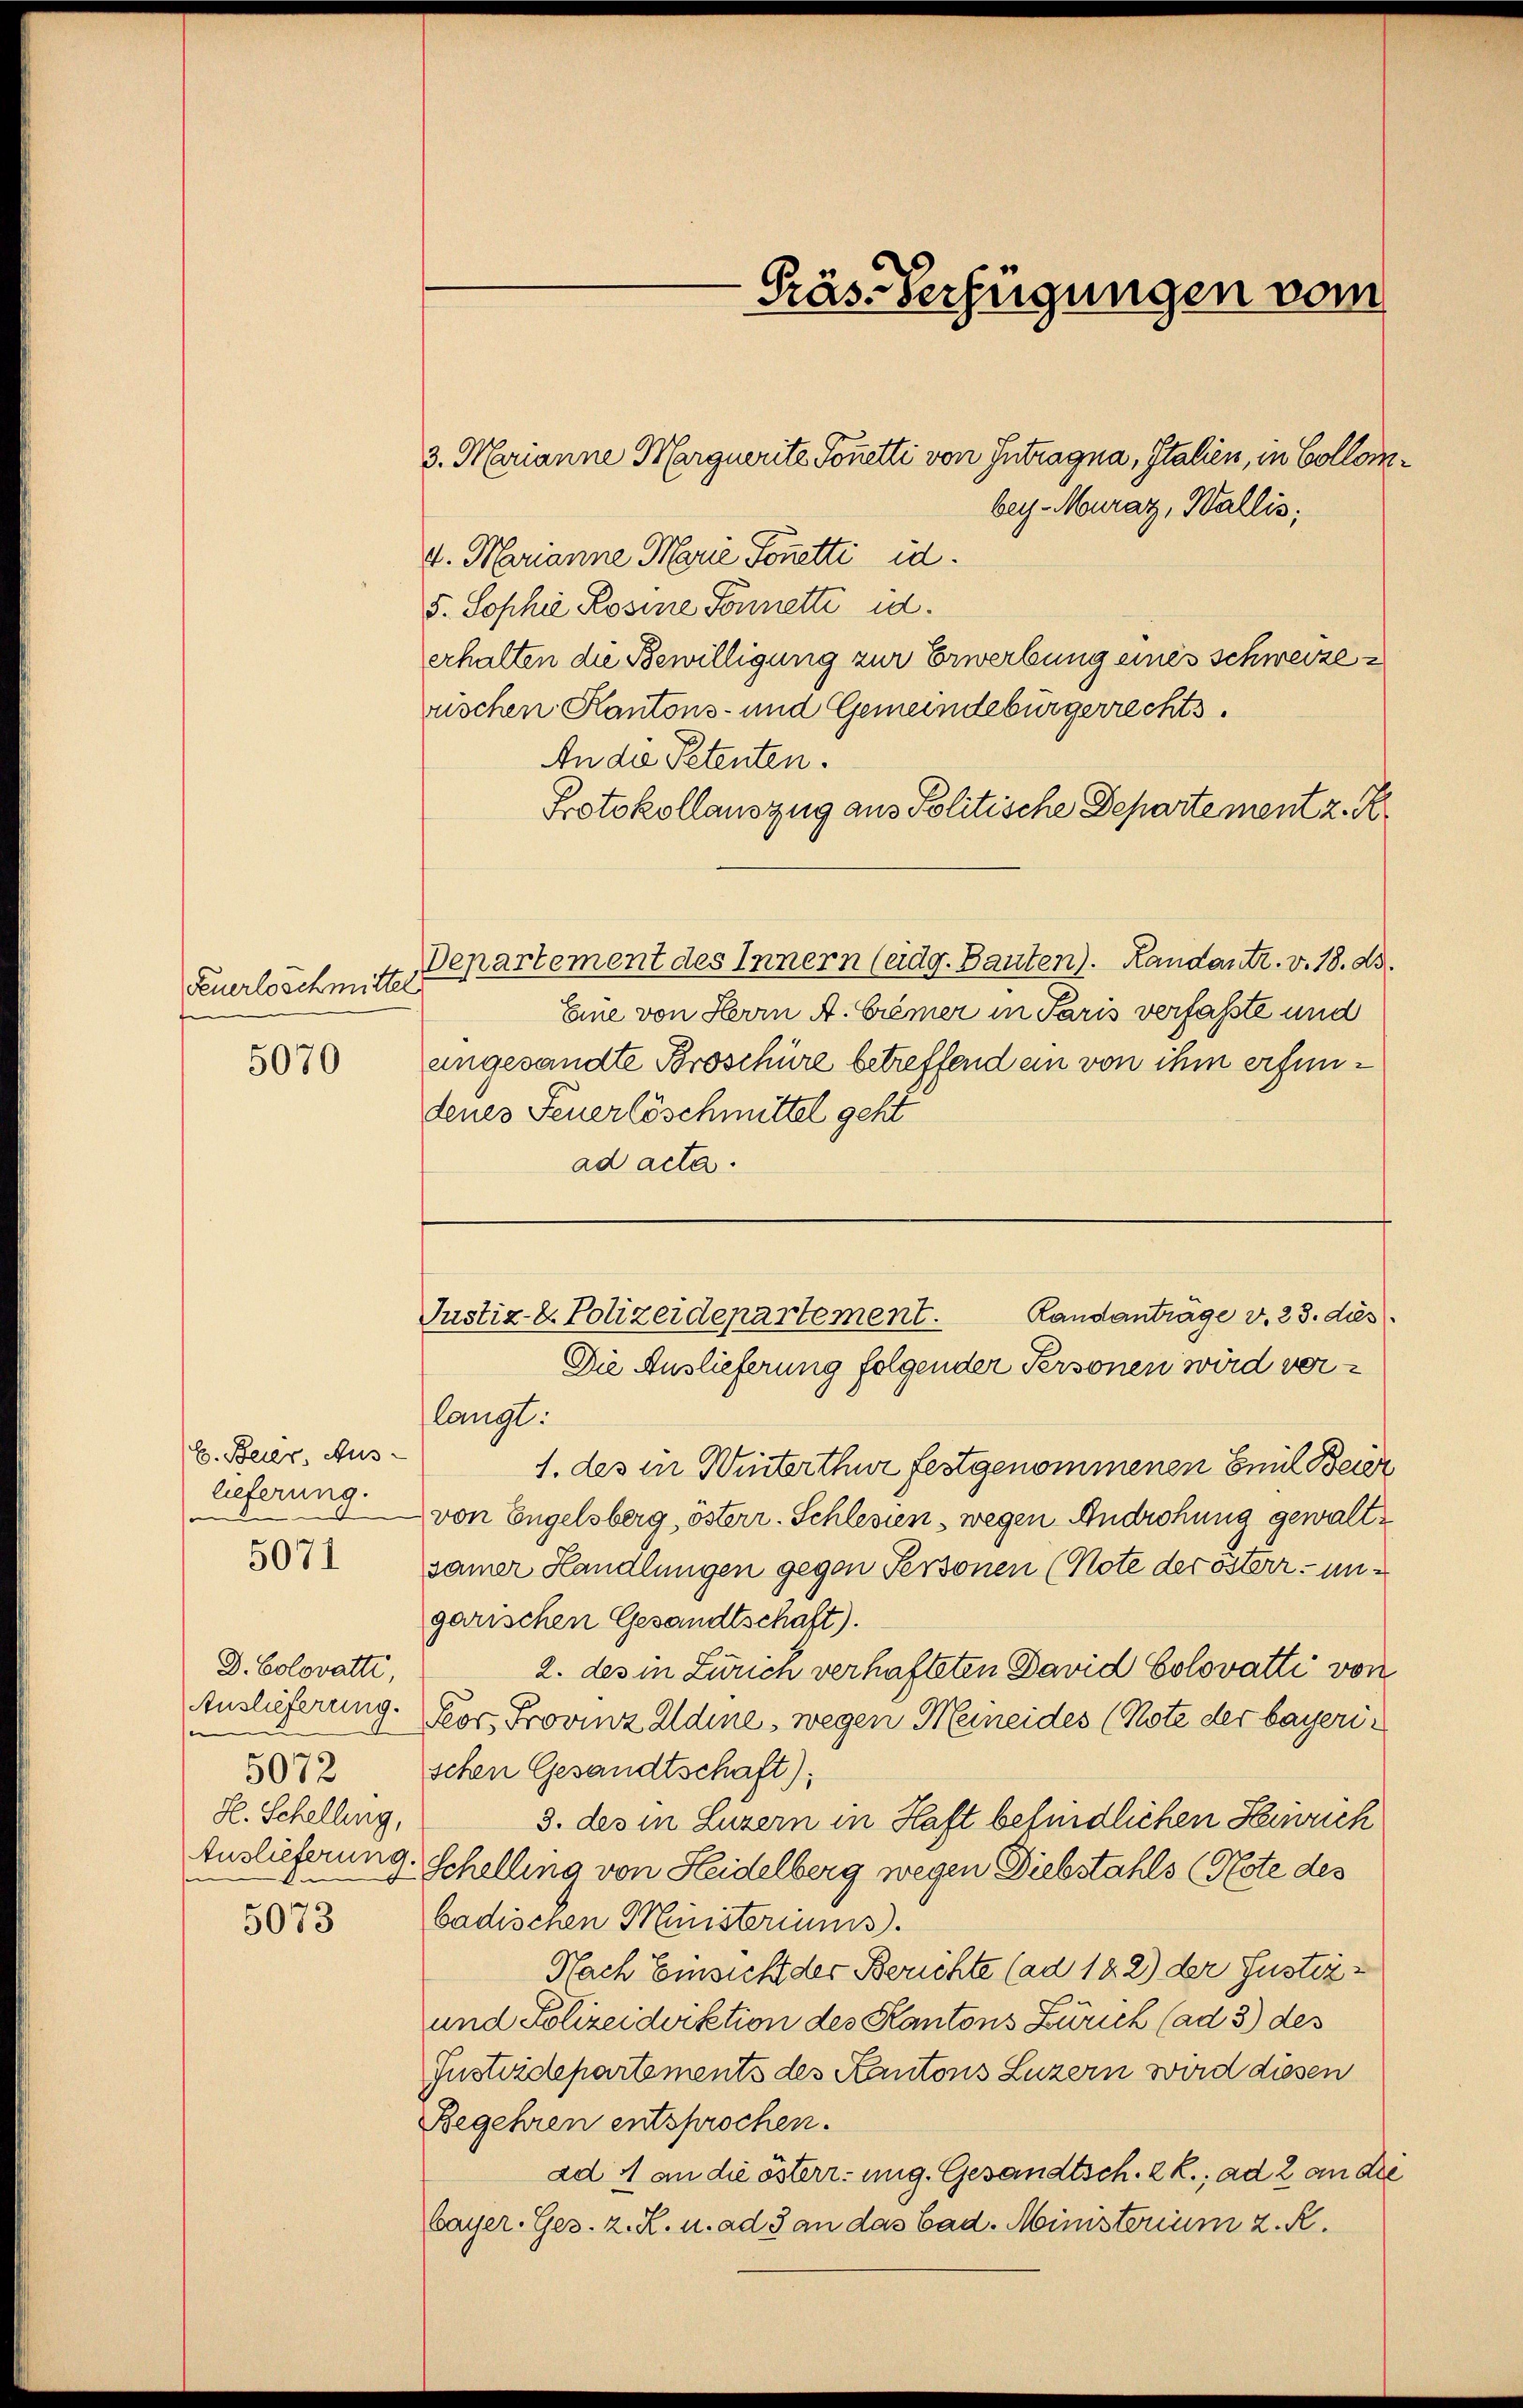
Feuerloschmittel
5070

E. Beier, Auslieferung.
e
5071

D. Colovatti,
5072
H. Schelling,

5073

3. Marianne Marguerite Tonetti von Intragna, Italien, in Collombey-Mouraz, Wallis,
4. Marianne Marie Sonetti id.
5. Sophie Rosine Sonnetti id.
erhalten die Bewilligung zur Erwerbung eines schweize
üschen Kantons- und Gemeindebürgerrechts.
An die Petenten.
Protokollauszug aus Politische Departement z. R.
Departement des Innern (eidg. Bauten). Landantr. v. 18. Ad.
Eine von Herrn A. Crêmer in Paris verfaßte und
angesandte Broschüre betreffend an von ihm erfundenes Feuerlöschmittel geht
ad acta.

Präs. Verfügungen vom

Randanträge v. 23. dies
Justiz- & Polizeidepartement.
Die Auslieferung folgender Personen wird ver¬

langt.
1. des in Winterthur festgenommenen Beil Beier
von Engelsberg, österr. Schlesien, wegen Androhung gewaltsamer Handlungen gegen Personen (Note der österr. ungarischen Gesandtschaft).
2. des in Zürich verhafteten David Colovatti von
Auslieferung. Peor, Provinz Aldine, wegen Meineides (Note der bayerischen Gesandtschaft);
3. des in Luzern in Haft befindlichen Heinrich
Auslieferung. Schelling von Heidelberg wegen Diebstahls (Nste des
badischen Ministeriums.
Nach Einsicht der Berichte (ad 122) der Justiz¬
und Polizeidiktion des Kantons Zürich (ad 3) des
Instridepartements des Kantons Luzern wird diesen
Begehren entsprochen.
ad 4 an die österrung. Gesandtsch. 2 f.; ad 2 an de
Cayer. Ges. z. R. u. ad 3 an das Cad. Ministerium z. R.